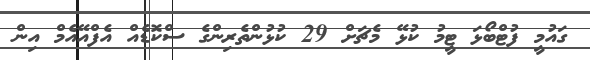
ގައުމީ ފުޓްބޯޅަ ޓީމު ކުޅޭ މެޗަށް 29 ކުޅުންތެރިންގެ ސްކޮޑެއް އެފްއޭއެމް އިން